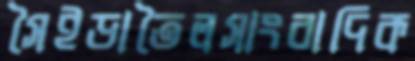
সৈইড়াতৈলসাংবাদিক